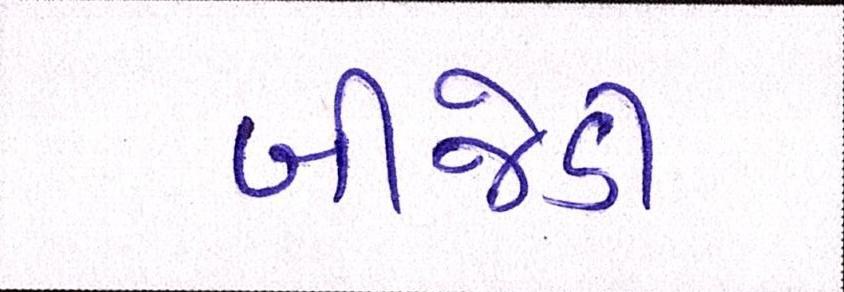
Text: બીજેડી